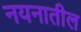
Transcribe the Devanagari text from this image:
नयनातील